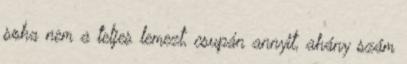
soha nem a teljes lemezt, csupán annyit, ahány szám